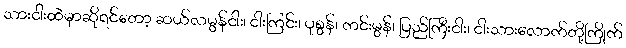
သားငါးထဲမှာဆိုရင်တော့ ဆယ်လမွန်ငါး၊ ငါးကြင်း၊ ပုစွန်၊ ကင်းမွန်၊ ပြည်ကြီးငါး၊ ငါးသားလောက်တို့ကြိုက်